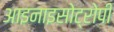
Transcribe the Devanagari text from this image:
आइनाइसोट्रोपी